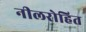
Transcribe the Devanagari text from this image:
नीलरोहित